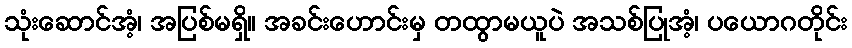
သုံးဆောင်အံ့၊ အပြစ်မရှိ။ အခင်းဟောင်းမှ တထွာမယူပဲ အသစ်ပြုအံ့၊ ပယောဂတိုင်း